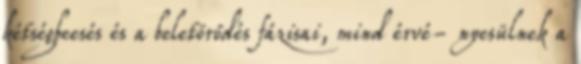
kétségbeesés és a beletörődés fázisai, mind érvé- nyesülnek a